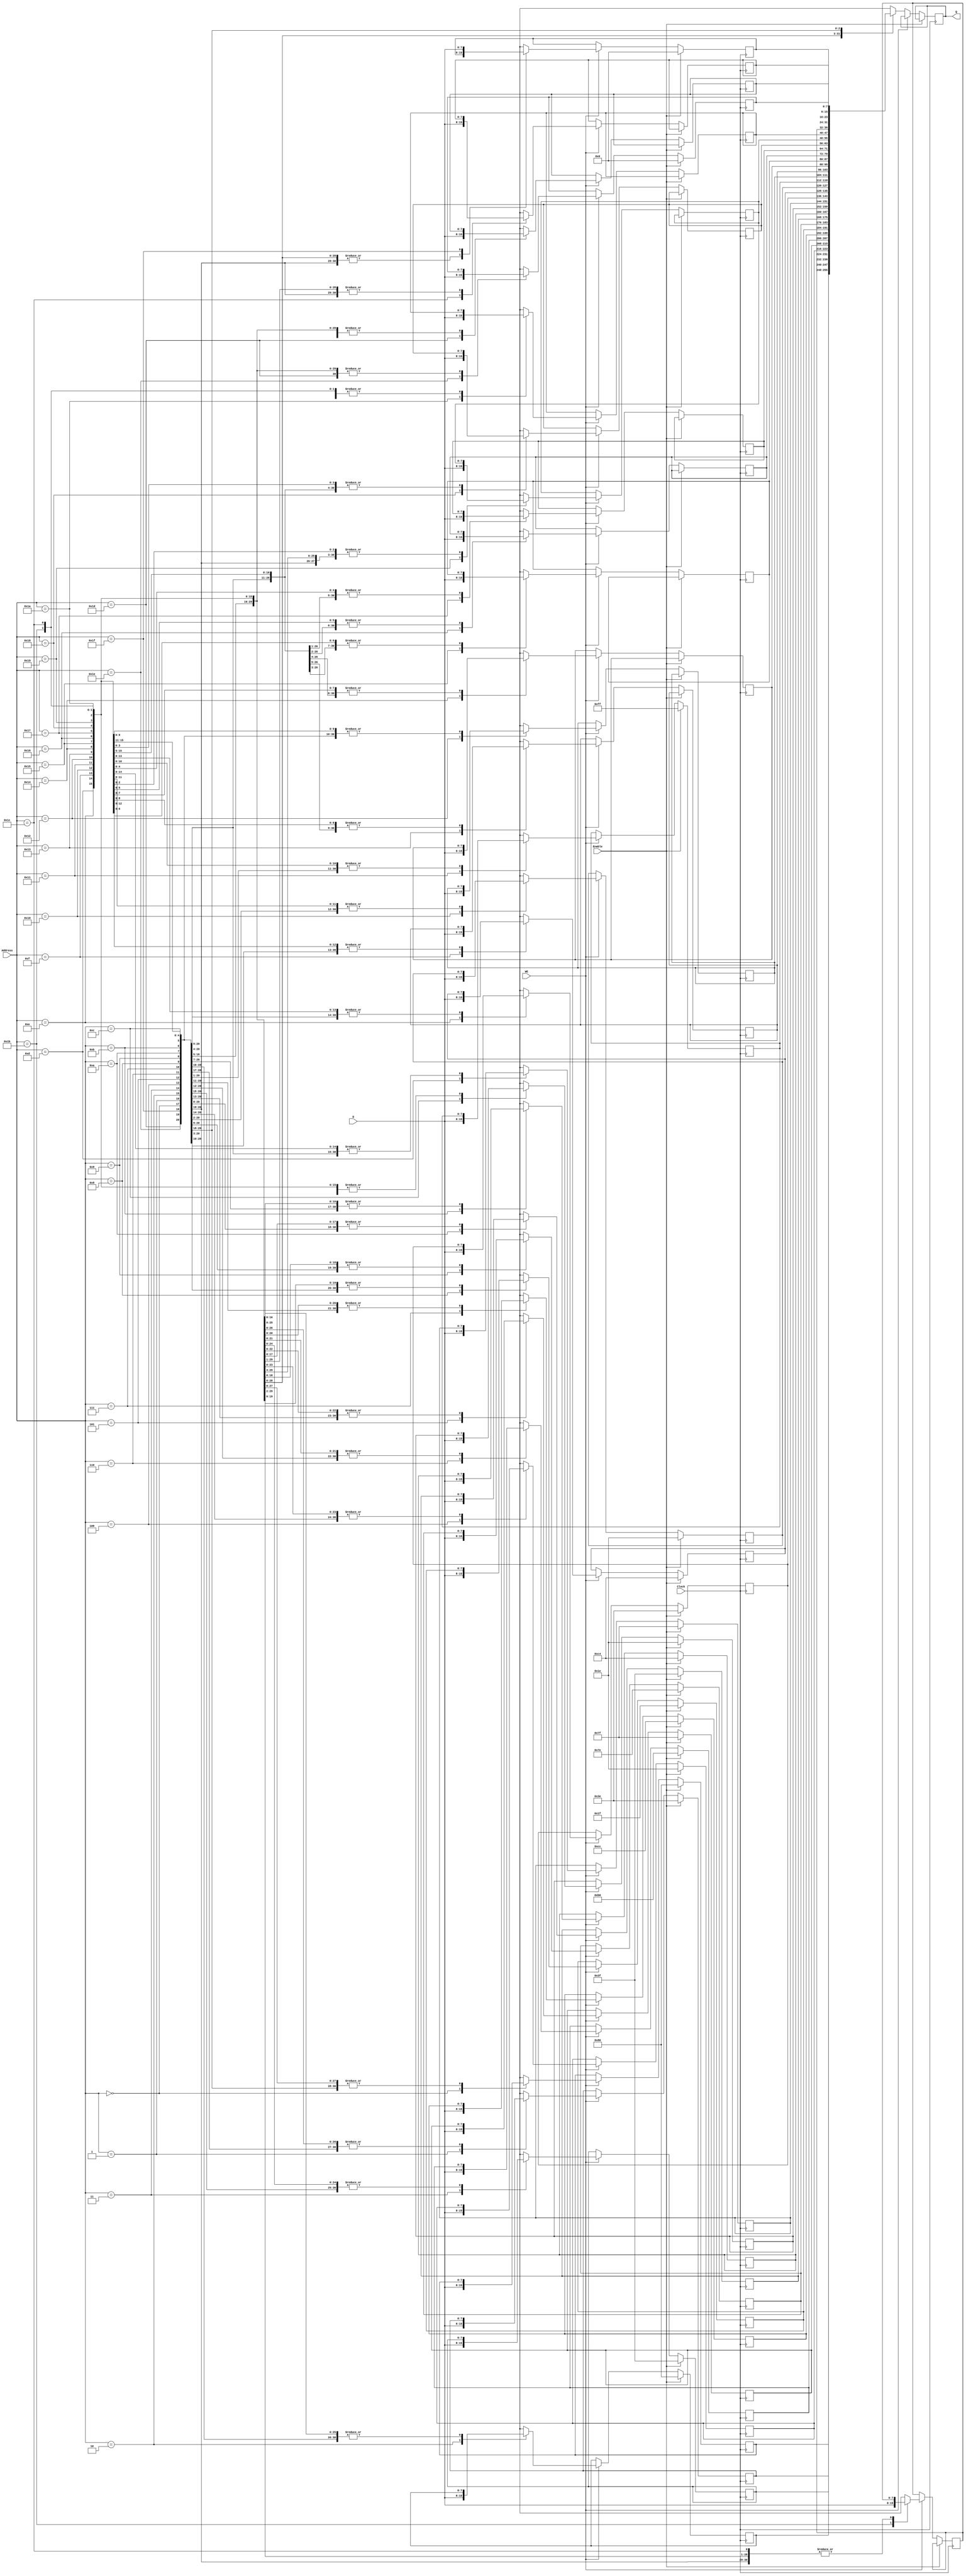
module InitRam(
	input Clock, WE, Enable,
	input [4:0]Address,
	input [7:0]D,
	output reg [7:0]Q
);

	reg [7:0]RAM[31:0];

	always@(posedge Clock)
	begin
		if(Enable)
		begin
			RAM[5'b00000] = 8'b10000000;	// input A
			RAM[5'b00001] = 8'b00111110;	// store A, X
			RAM[5'b00010] = 8'b10000000;	// input A
			RAM[5'b00011] = 8'b00111111;	// store A, Y
			
			RAM[5'b00100] = 8'b00011110;	// loop, load A, X -- X = Y?
			RAM[5'b00101] = 8'b01111111;	// sub A, Y
			RAM[5'b00110] = 8'b10110000;	// jz out
			RAM[5'b00111] = 8'b11001100;	// jp XgtY
			
			RAM[5'b01000] = 8'b00011111;	// load A, Y
			RAM[5'b01001] = 8'b01111110;	// sub A, X
			RAM[5'b01010] = 8'b00111111;	// store A, Y
			RAM[5'b01011] = 8'b11000100;	// jp loop
			
			RAM[5'b01100] = 8'b00011110;	// XgtY: load A, X	-- X > Y
			RAM[5'b01101] = 8'b01111111;	// sub A, Y
			RAM[5'b01110] = 8'b00111110;	// store A, X
			RAM[5'b01111] = 8'b11000100;	// jp loop
			
			RAM[5'b10000] = 8'b00011110;	// load A, X
			RAM[5'b10001] = 8'b11111111;	// halt
			
			RAM[5'b11110] = 8'b00000000;	// X
			RAM[5'b11111] = 8'b00000000;	// Y
		end
		else
		begin
			if(WE)
				RAM[Address] = D;
			else
				Q = RAM[Address];
		end
	end

endmodule